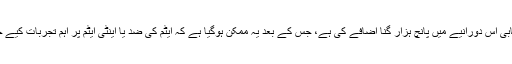
نئی کامیابی اس دورانیے میں پانچ ہزار گنا اضافے کی ہے، جس کے بعد یہ ممکن ہوگیا ہے کہ ایٹم کی ضد یا اینٹی ایٹم پر اہم تجربات کیے جا سکیں۔